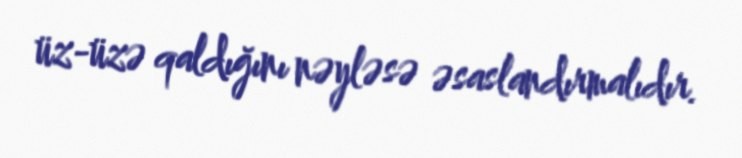
üz-üzə qaldığını nəyləsə əsaslandırmalıdır.